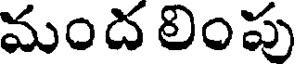
మంద లింపు